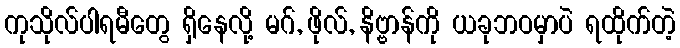
ကုသိုလ်ပါရမီတွေ ရှိနေလို့ မဂ်, ဖိုလ်, နိဗ္ဗာန်ကို ယခုဘဝမှာပဲ ရထိုက်တဲ့